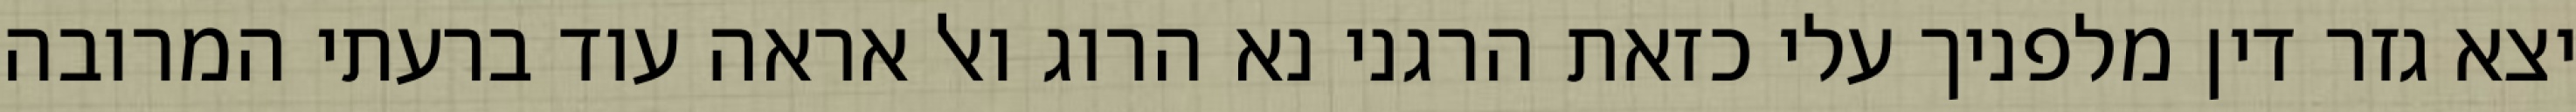
יצא גזר דין מלפניך עלי כזאת הרגני נא הרוג ואל אראה עוד ברעתי המרובה